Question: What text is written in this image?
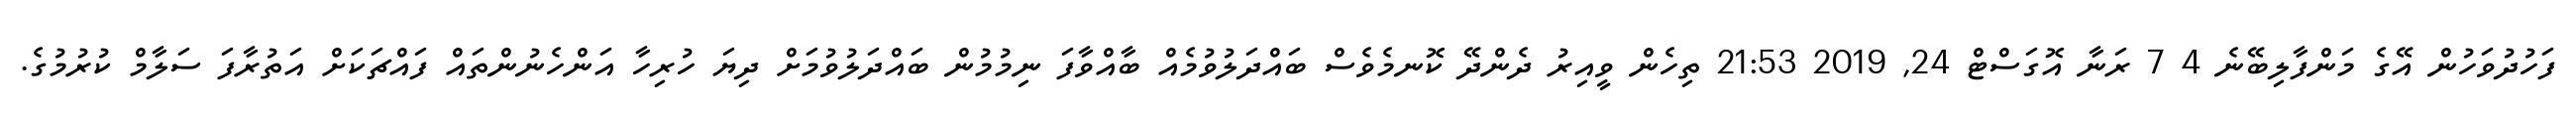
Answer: ފަހުދުވަހުން އޭގެ މަންފާލިބޭނެ 4 7 ރަނާ އޮގަސްޓް 24, 2019 21:53 ތިހެން ވީއިރު ދެންދޭ ކޮނމެވެސް ބައްދަލުވުމެއް ބާއްވާފަ ނިމުމުން ބައްދަލުވުމަށް ދިޔަ ހުރިހާ އަންހެނުންތައް ފައްޗަކަށް އަތުރާފަ ސަލާމް ކުރުމުގެ.